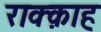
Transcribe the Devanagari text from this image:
राक्क़ाह